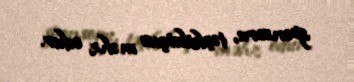
sponsoru, təşkilatçısı məhz odur.